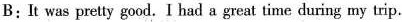
B:It was pretty good. I had a great time during my trip .